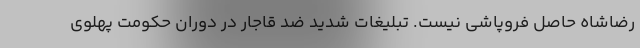
رضاشاه حاصل فروپاشی نیست. تبلیغات شدید ضد قاجار در دوران حکومت پهلوی